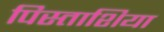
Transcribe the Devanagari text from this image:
पिस्ताशिया